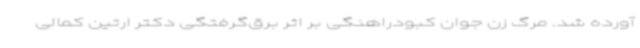
آورده شد. مرگ زن جوان کبودراهنگی بر اثر برق‌گرفتگی دکتر ارتین کمالی